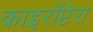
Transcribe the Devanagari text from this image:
काइरॉप्टेरा